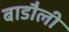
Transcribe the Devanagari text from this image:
बाडौली